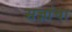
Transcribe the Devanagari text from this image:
सज्ञांचा